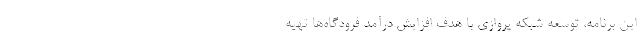
این برنامه، توسعه شبکه پروازی با هدف افزایش درآمد فرودگاه‌ها تهیه